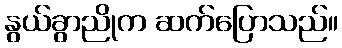
နွယ်ခွာညိုက ဆက်ပြောသည်။